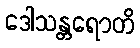
ဒေါသန္တရောတိ